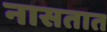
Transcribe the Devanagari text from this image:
नासतात